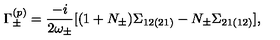
\Gamma _ { \pm } ^ { ( p ) } = \frac { - i } { 2 \omega _ { \pm } } [ ( 1 + N _ { \pm } ) \Sigma _ { 1 2 ( 2 1 ) } - N _ { \pm } \Sigma _ { 2 1 ( 1 2 ) } ] \raisebox { - 2 . 8 5 m m } { \scriptsize { p _ { 0 } = \pm \omega _ { \pm } } } ,